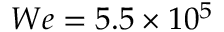
W e = 5 . 5 \times 1 0 ^ { 5 }